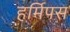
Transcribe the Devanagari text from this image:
हर्मिपस